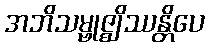
အဘိသမ္ဗုဇ္ဈိဿန္တိပေ